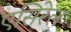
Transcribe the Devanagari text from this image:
एसिरेल